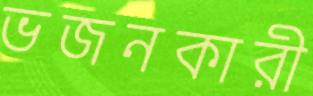
ভজনকারী